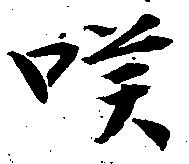
嘆